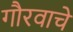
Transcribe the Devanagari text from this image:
गौरवाचे